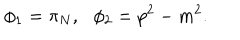
\phi _ { 1 } = \pi _ { N } , \: \: \: \phi _ { 2 } = p ^ { 2 } - m ^ { 2 } .